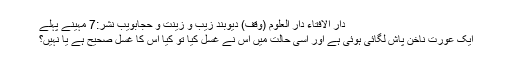
دار الافتاء دار العلوم (وقف) دیوبند زیب و زینت و حجابویب نشر:7 مہینے پہلے
ایک عورت ناخن پاش لگائی ہوئی ہے اور اسی حالت میں اس نے غسل کیا تو کیا اس کا غسل صحیح ہے یا نہیں؟